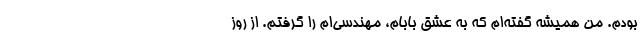
بودم. من همیشه گفته‌ام که به عشق بابام، مهندسی‌ام را گرفتم. از روز